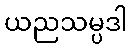
ယညသမ္ပဒါ